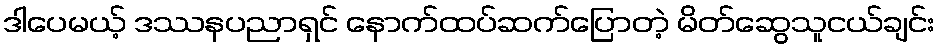
ဒါပေမယ့် ဒဿနပညာရှင် နောက်ထပ်ဆက်ပြောတဲ့ မိတ်ဆွေသူငယ်ချင်း